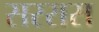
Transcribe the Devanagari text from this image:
सररास